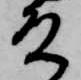
殿